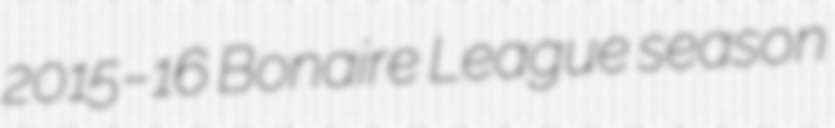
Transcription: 2015–16 Bonaire League season